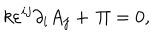
LaTeX: k \varepsilon ^ { i j } \partial _ { i } A _ { j } + \, \Pi = 0 ,